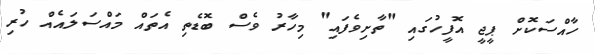
ހާއްސަކޮށް ޕީޖީ އޮފީހުގައި "ތާށިވެފައި" މިހާރު ވެސް ބޮޑެތި އެތައް މައްސަލައެއް ހުރި